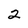
Character: 2